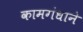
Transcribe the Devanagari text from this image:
कामगंधाने